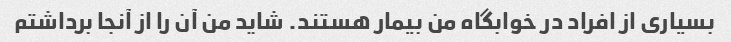
بسیاری از افراد در خوابگاه من بیمار هستند. شاید من آن را از آنجا برداشتم